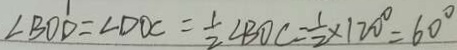
\angle B O D = \angle D O C = \frac { 1 } { 2 } \angle B O C = \frac { 1 } { 2 } \times 1 2 0 ^ { \circ } = 6 0 ^ { \circ }